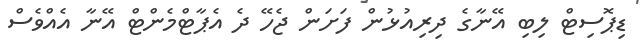
ޑިޕޮސިޓް ލިބި އޭނާގެ ދިރިއުޅުން ފަށަން ޖެހޭ ދެެ އެޕާޓްމެންޓް އޭނާ އެއްވެސް